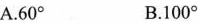
A.60° B.100°